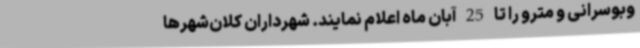
وبوسرانی و مترو را تا 25 آبان ماه اعلام نمایند. شهرداران کلان‌شهرها